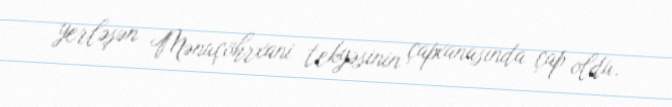
yerləşən Mənuçöhrxani tekyəsinin çapxanasında çap oldu.